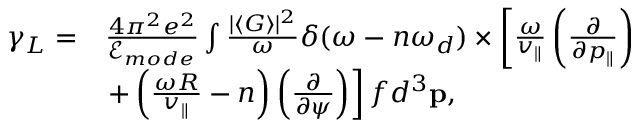
\begin{array} { r l } { \gamma _ { L } = } & { \frac { 4 \pi ^ { 2 } e ^ { 2 } } { \mathcal { E } _ { m o d e } } \int \frac { | \langle G \rangle | ^ { 2 } } { \omega } \delta ( \omega - n \omega _ { d } ) \times \left[ \frac { \omega } { v _ { \parallel } } \left( \frac { \partial } { \partial p _ { \parallel } } \right) \right. } \\ & { \left. + \left( \frac { \omega R } { v _ { \parallel } } - n \right) \left( \frac { \partial } { \partial \psi } \right) \right] f d ^ { 3 } \mathbf { p } , } \end{array}